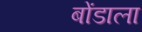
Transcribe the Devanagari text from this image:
बोंडाला